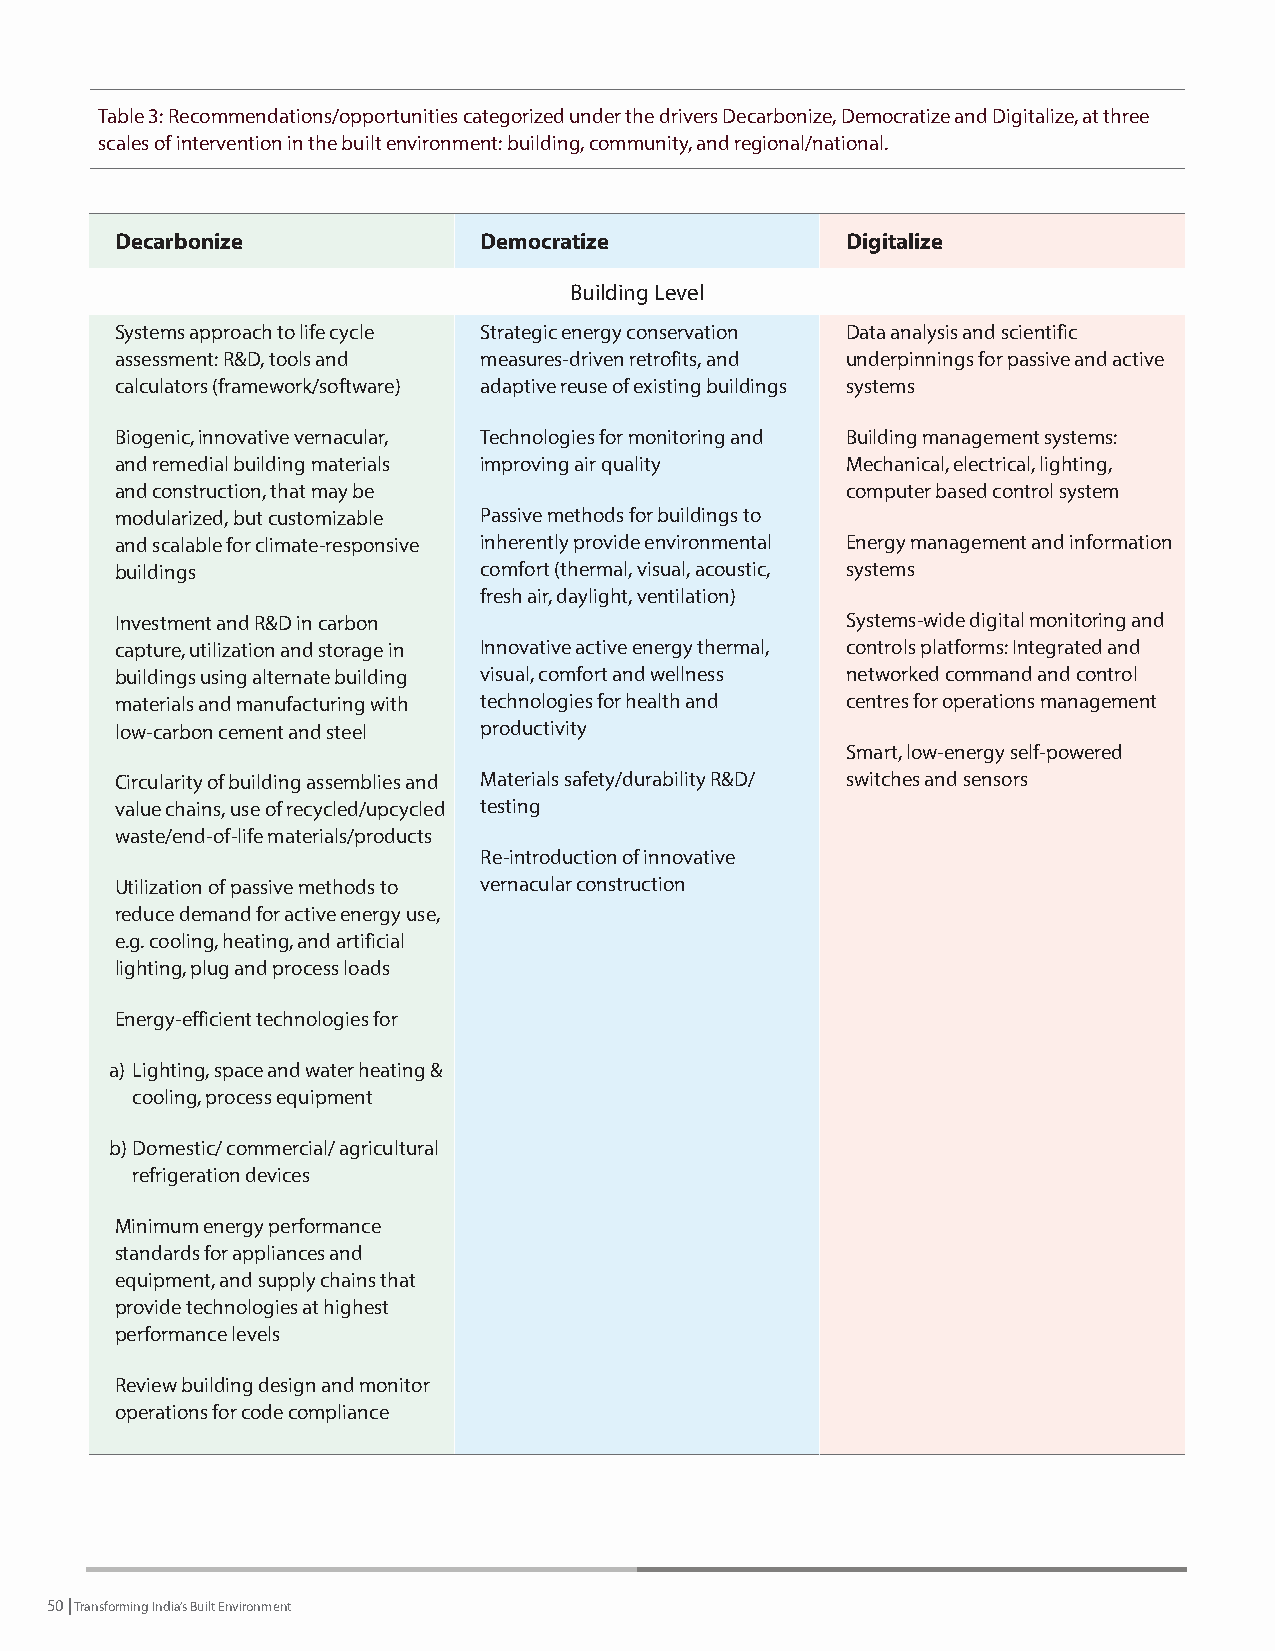
Table 3: Recommendations/opportunities categorized under the drivers Decarbonize, Democratize and Digitalize, at three
 scales of intervention in the built environment: building, community, and regional/national.
 Decarbonize             Democratize             Digitalize
 Building Level
 Systems approach to life cycle Strategic energy conservation Data analysis and scientific
 assessment: R&D, tools and measures-driven retrofits, and underpinnings for passive and active
 calculators (framework/software) adaptive reuse of existing buildings systems
 Biogenic, innovative vernacular, Technologies for monitoring and Building management systems:
 and remedial building materials improving air quality Mechanical, electrical, lighting,
 and construction, that may be                   computer based control system
 modularized, but customizable Passive methods for buildings to
 and scalable for climate-responsive inherently provide environmental Energy management and information
 buildings               comfort (thermal, visual, acoustic, systems
 fresh air, daylight, ventilation)
 Investment and R&D in carbon                    Systems-wide digital monitoring and
 capture, utilization and storage in Innovative active energy thermal, controls platforms: Integrated and
 buildings using alternate building visual, comfort and wellness networked command and control
 materials and manufacturing with technologies for health and centres for operations management
 low-carbon cement and steel productivity
 Smart, low-energy self-powered
 Circularity of building assemblies and Materials safety/durability R&D/ switches and sensors
 value chains, use of recycled/upcycled testing
 waste/end-of-life materials/products
 Re-introduction of innovative
 Utilization of passive methods to vernacular construction
 reduce demand for active energy use,
 e.g. cooling, heating, and artificial
 lighting, plug and process loads
 Energy-efficient technologies for
 a) Lighting, space and water heating &
 cooling, process equipment
 b) Domestic/ commercial/ agricultural
 refrigeration devices
 Minimum energy performance
 standards for appliances and
 equipment, and supply chains that
 provide technologies at highest
 performance levels
 Review building design and monitor
 operations for code compliance
 50 | Transforming India’s Built Environment